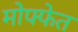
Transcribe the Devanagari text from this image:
मोफ्फेत